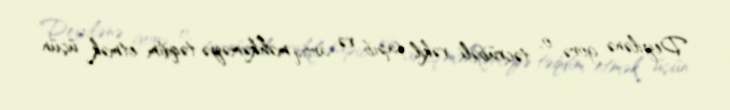
Deyilənə görə, o, təcrübəli vəkil tapıb və artıq məhkəməyə təqdim etmək üçün